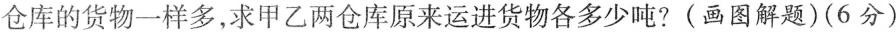
仓库的货物一样多，求甲乙两仓库原来运进货物各多少吨?(画图解题)(6分)